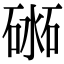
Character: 𥔨